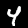
Digit: 4